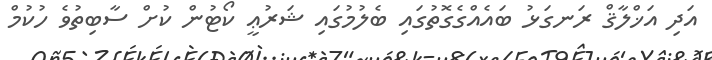
އަދި އަޚްލާޤް ރަނގަޅު ބައެއްގެގޮތުގައި ބެލުމުގައި ޝަރުޢީ ކޯޓުން ކުށް ސާބިތުވެ ހުކުމް